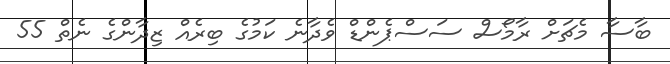
ބާސާ މެޗަށް ރާމޯސް ސަސްޕެންޑް ވެދާނެ ކަމުގެ ބިރެއް ޒިދާންގެ ނެތް 55